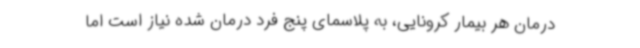
درمان هر بیمار کرونایی، به پلاسمای پنج فرد درمان شده نیاز است اما